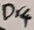
Text: Dr4